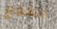
الطمع